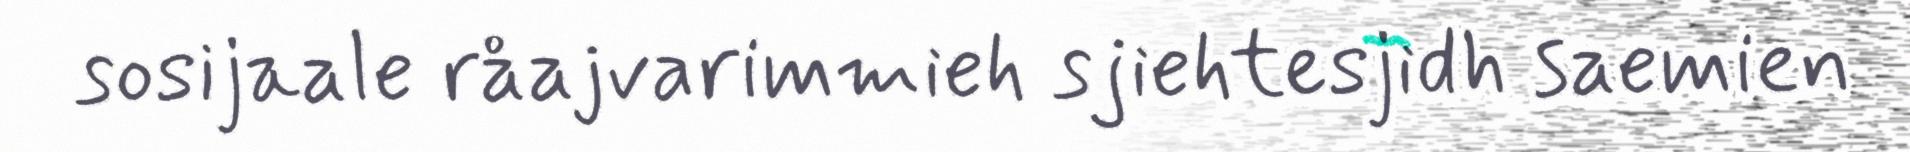
sosijaale råajvarimmieh sjiehtesjidh saemien